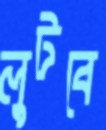
লুটবে